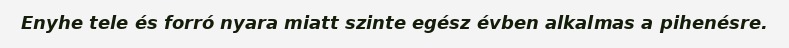
Enyhe tele és forró nyara miatt szinte egész évben alkalmas a pihenésre.